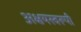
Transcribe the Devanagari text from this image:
अक्षयस्वरूपी